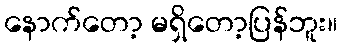
နောက်တော့ မရှိတော့ပြန်ဘူး။